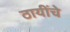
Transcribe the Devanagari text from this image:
ठायींचे